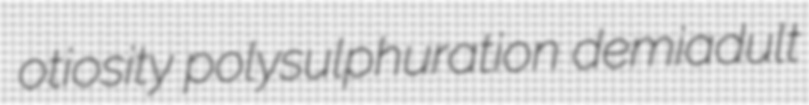
otiosity polysulphuration demiadult